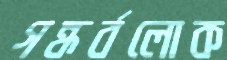
গন্ধর্বলোক